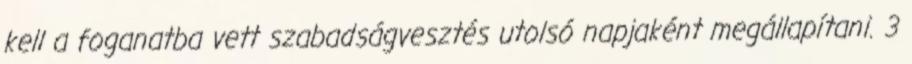
kell a foganatba vett szabadságvesztés utolsó napjaként megállapítani. 3